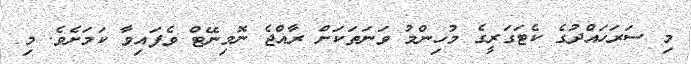
މި ސަރަހައްދުގެ ކެޓަގަރީގެ މުހިންމު ވަނަތަކަށް ރާއްޖެ ނޮމިނޭޓް ވެފައިވާ ކަމަށެވެ. މި